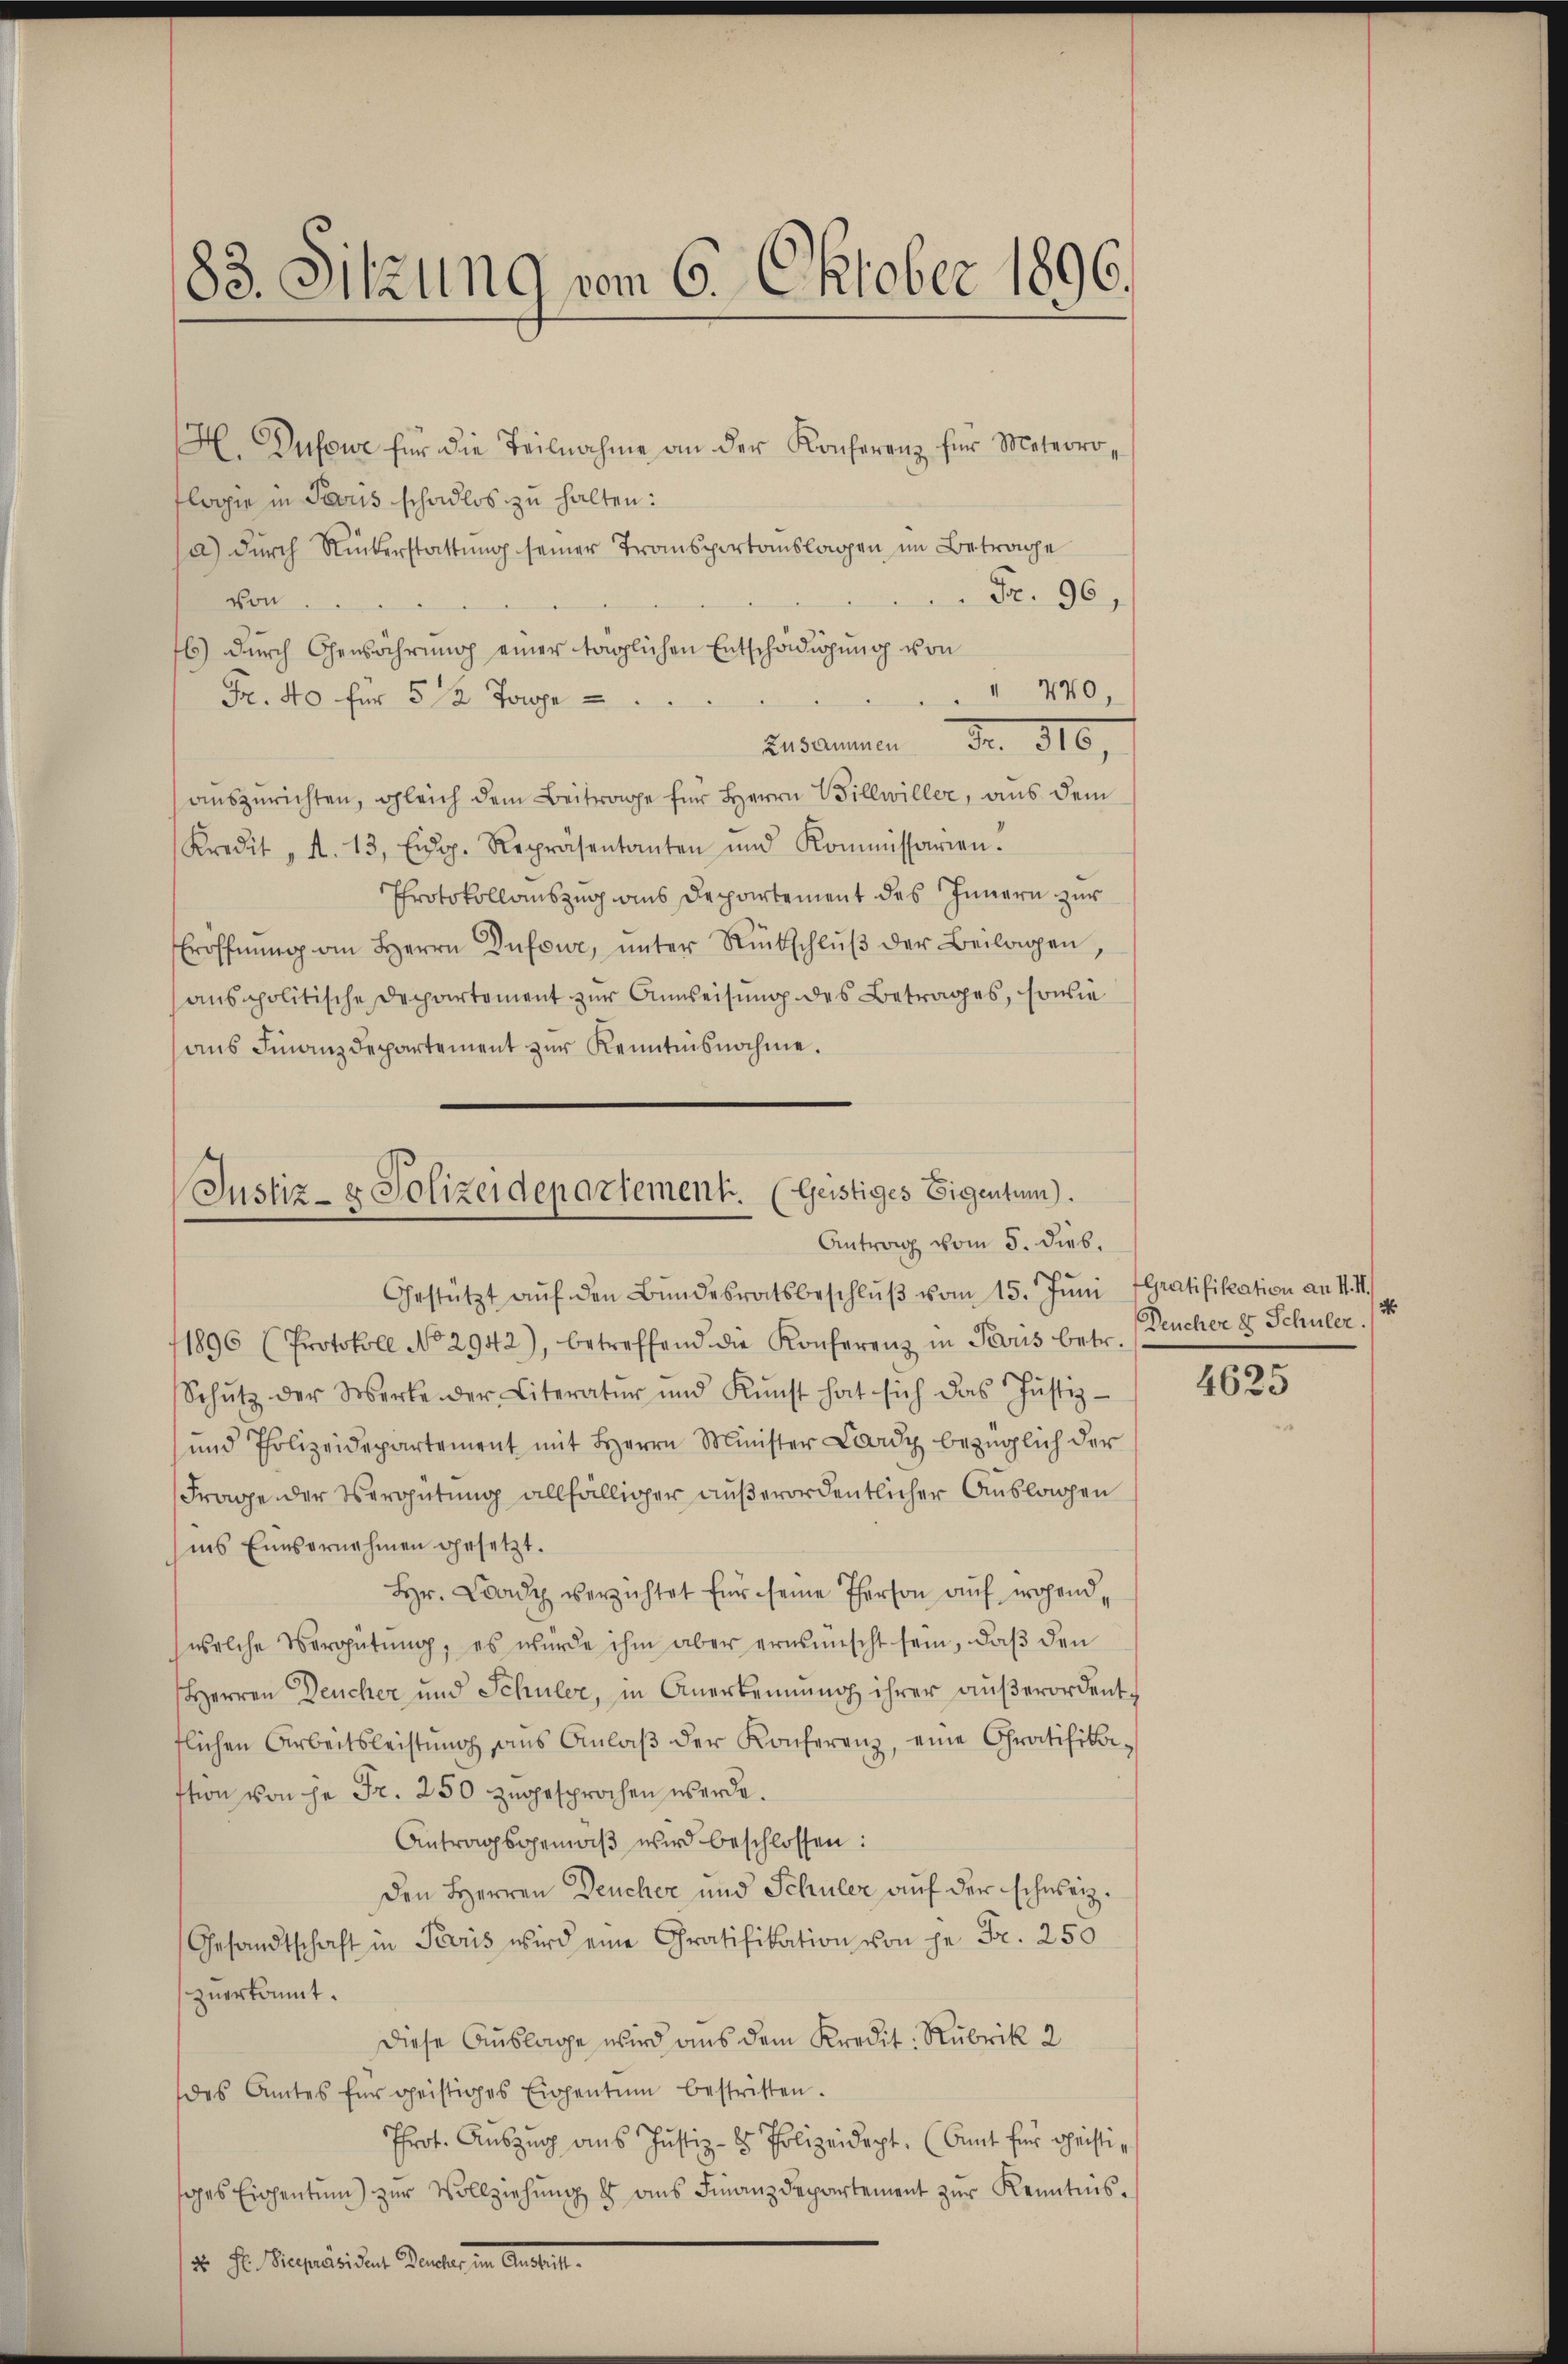
83. Sitzung vom 6. Oktober 1896.

H. Dufowe für die Teilnahme an der Konferenz für Meteoroflopie in Tous schadlos zu halten:
a) Durch Rikerstattung seiner Transportauslagen im Betrage
Fr. 96,
von
6) durch Oensährung einer täglichen Entschädigung von
 440,
Fr. 40 für 5 1/2 Torpe
Zusammen Fr. 316,
auszurichten, gleich dem Beitrage für Herrn Billwiller, aus dem
Kredit „A. 13, Eidg. Repräsentanten und Kommissarien.
Protokollauszug aus Departement des Innern zur
Eröffnŭng an Herrn Dufour, ŭnter Rückschlŭβ der Beilagen,
anspolitische Departement zur Anweisung des Betrages, sowie
aus Finanzdepartement zur Kenntnisnahme.

Justiz- & Polizeidepartement. (Geistiges Eigentum).
Antrag vom 5. Dieb.
Gestützt aŭf den Bŭndesratsbeschlŭβ vom 15. Jŭni pratifikation an H. M.

1896 (Protokoll No 2942), betreffend die Konferenz in Paris betr. (Deucher & Schüler
Schŭtz der Werke der Literatŭr ŭnd Kunst hat sich das Justiz-
und Polizeidepartement mit Herrn Minister Lardy bezüglich der
Frage der Vergütung allfälliger außerordentlicher Auslagen
ins Einsernehmen gesetzt.
Hr. Lardy verzichtet für seine Person auf wohend,
welche Vergütŭng, es würde ihm aber erwünscht sein, daβ den
Herren Deucher und Schuler, in Anerkennung ihrer aŭβerordent-
tlichen Arbeitsleistung ans Anlaβ der Konferenz, eine Gratifikastion von je Fr. 250 zugesprochen werde.
Antragsgemäβ wird beschlossen:
Den Herren Deucher und Schüler auf der schweiz.
Gesandtschaft in Paris wird eine Gratifikation von je Fr. 250
zuerkannt.
Diese Auslage wird aus dem Kredit: Rubrik 2
des Amtes für geistiges Eigentum bestritten.
Prot. Aŭszŭg ans Justiz- & Polizeidept. (Amt für Christiges Eigentum) zŭr Vollziehŭng u aŭs Finanzdepartement zŭr Kenntnis¬
Dr. Fr. Repräsident Daneben in Antis

2

4625